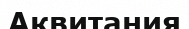
Аквитания